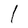
Character: I